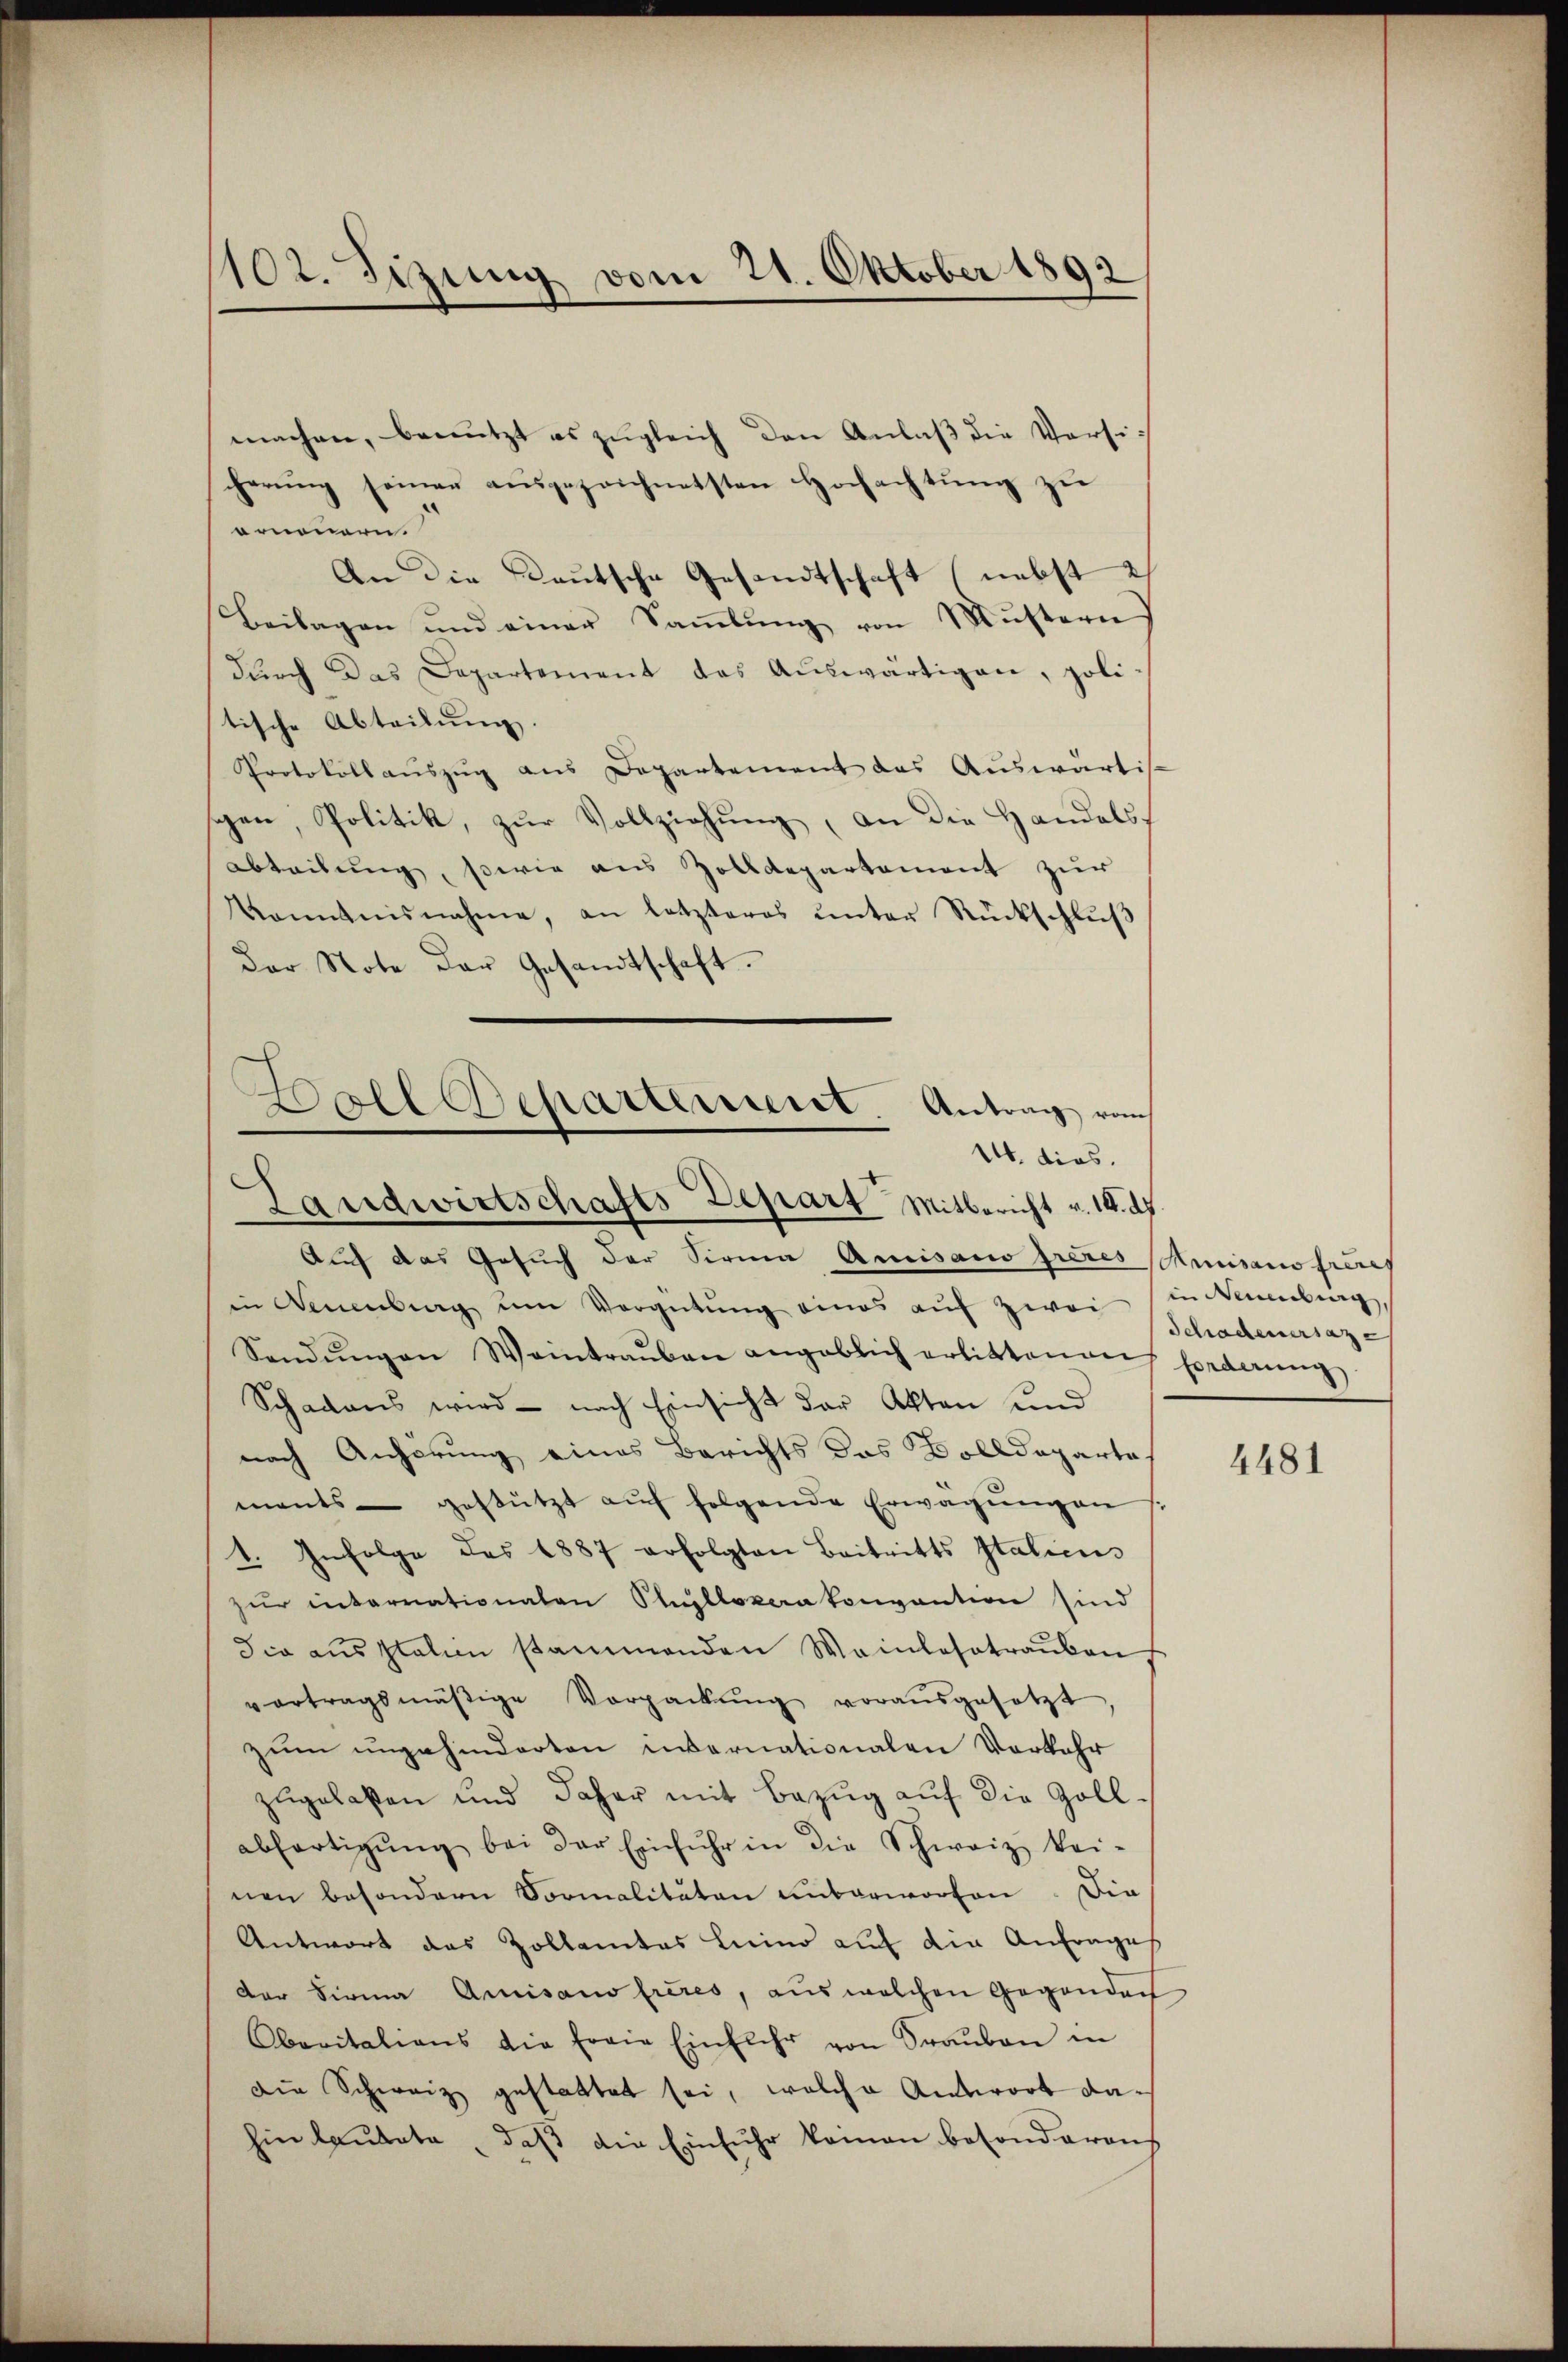
1102. Sizung vom 21. Oktober 1892

machen, benutzt es zugleich den Anlaß die Versicherŭng seinen aŭsgezeichnetsten Hochachtŭng zu
ornennern.
An die Reutsche Gesandtschaft (nebst ih
Beilagen und einer Saṁlŭng von Mustern
dŭrch das Departement das Aŭswärtigen, poli-
tische Abteilŭng.
Protokollauszug aus Departement das Auswärtis-
schen, Politik, zŭr Vollziehŭng, an die Handelsabteilung, sowie aus Zolldepartement zur
Kenntnisnahme, an letzteres ŭnter Rückschlŭβ
der Note der Gesandtschaft.
Ball Repartement. Antrag vom

14. dies.
Landwirtschafts Depart Mitbericht v. 10. d.

Auf das Gesuch der Sirna Amisano frères Amisans freies
in Neuenburg um Vergütŭng eines aŭf zwei Schadeneraz
Sendŭngen Weintraŭben angeblich erlittenen forderung
Schadens wird - nach Einsicht der Akten und
nach Anhörung eines Berichts das Dolldeparte
mants gestützt aŭf folgende Erwägŭngen s
1. Infolge des 1887 erfolgten Beitritts Italiens
zŭr interrationalen Pullokaratonvention sind
Sie ausstelen stammenden Weinlesotrauben
vortragsmäßige Verpackŭng vorausgesetzt
zum ungehinderten vernationalen Verkehr
zŭgelaßen und daher mit Bezŭg aŭf die Zoll-
abfertigŭng bei der Einfuhr in die Schweiz kei-
nen besondern Vormalitäten unterworten. Sie
Antwort das Zollamtes Luino auf die Anfrage
Der Firma Amisano frères, aus welchen Gegenden
Oberitations die freie Einflehr von Sraŭben in
die Schweiz gestattet sei, welche Antwort dahin laŭtete, daβ die Einfŭhr keinen besonderen

in Neuenburg,

4481